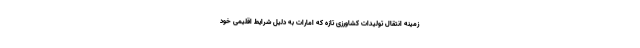
زمینه انتقال تولیدات کشاورزی تازه که امارات به دلیل شرایط اقلیمی خود